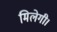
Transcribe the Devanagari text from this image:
मिलेगी।